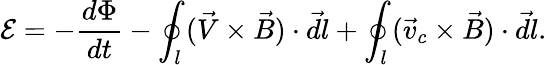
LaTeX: {\mathcal E}=-\frac{d\Phi}{dt}-\oint_{l}(\vec{V}\times\vec{B})\cdot\vec{dl}+\oint_{l}(\vec{v}_{c}\times\vec{B})\cdot\vec{dl}.